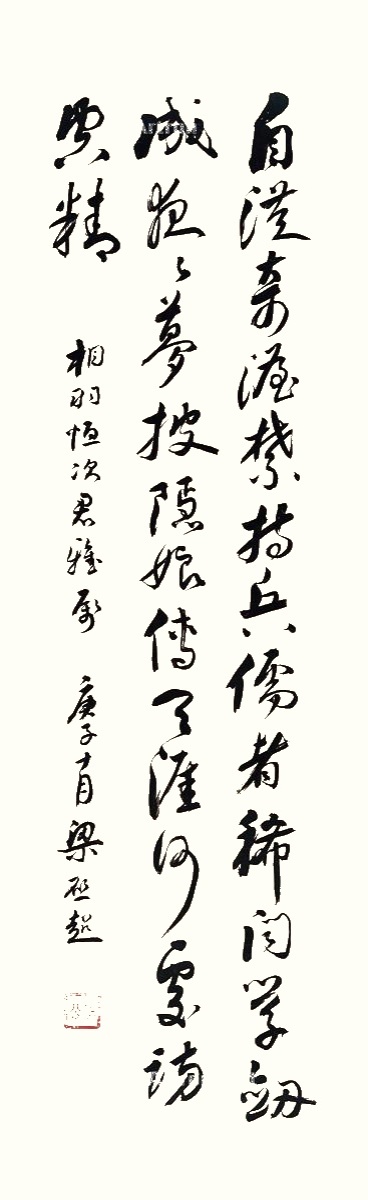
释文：自从奇渥禁持兵，儒者稀闻学剑成。夜夜梦披隐娘传，天涯何处访空精。相羽恒次君雅属，庚子十月，梁启超。